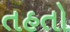
તહતો